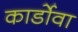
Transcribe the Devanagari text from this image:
कार्डोवा